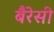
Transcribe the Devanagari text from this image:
बैरेसी